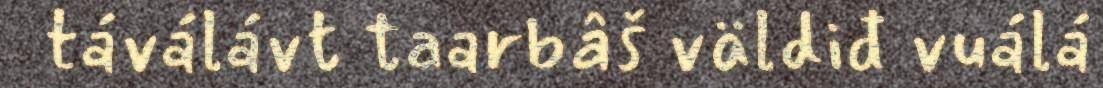
táválávt taarbâš väldiđ vuálá